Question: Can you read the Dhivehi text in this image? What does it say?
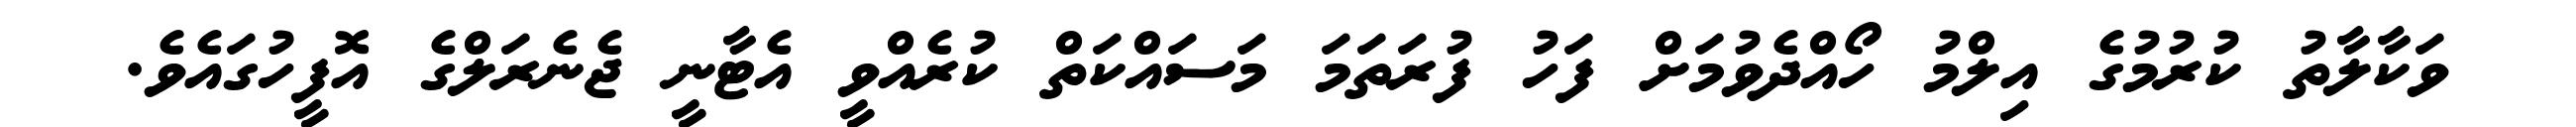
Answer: ވަކާލާތު ކުރުމުގެ އިލްމު ހޯއްދެވުމަށް ފަހު ފުރަތަމަ މަސައްކަތް ކުރެއްވީ އެޓާނީ ޖެނެރަލްގެ އޮފީހުގައެވެ.